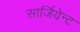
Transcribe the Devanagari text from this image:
सार्जियेन्ट